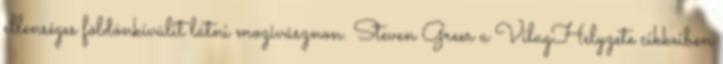
ellenséges földönkívülit látni mozivásznon. Steven Greer a VilagHelyzete cikkeiben